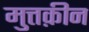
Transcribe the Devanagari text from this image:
मुत्तक़ीन